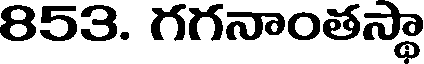
853. గగనాంతస్థా